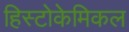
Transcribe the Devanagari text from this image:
हिस्टोकेमिकल